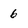
Character: 6